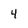
Character: 4